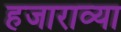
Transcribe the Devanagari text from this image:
हजाराव्या